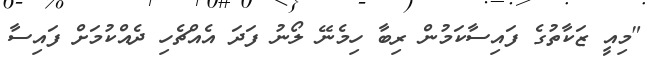
"މިއީ ޒަކާތުގެ ފައިސާކަމުން ރިބާ ހިމެނޭ ލޯނު ފަދަ އެއްޗެހި ދެއްކުމަށް ފައިސާ